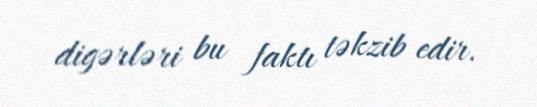
digərləri bu faktı təkzib edir.